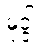
မုဒ္ဒါ